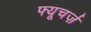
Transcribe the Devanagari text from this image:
फ्यूचर्ज़